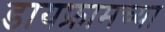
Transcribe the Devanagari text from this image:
डायफ्रामच्या